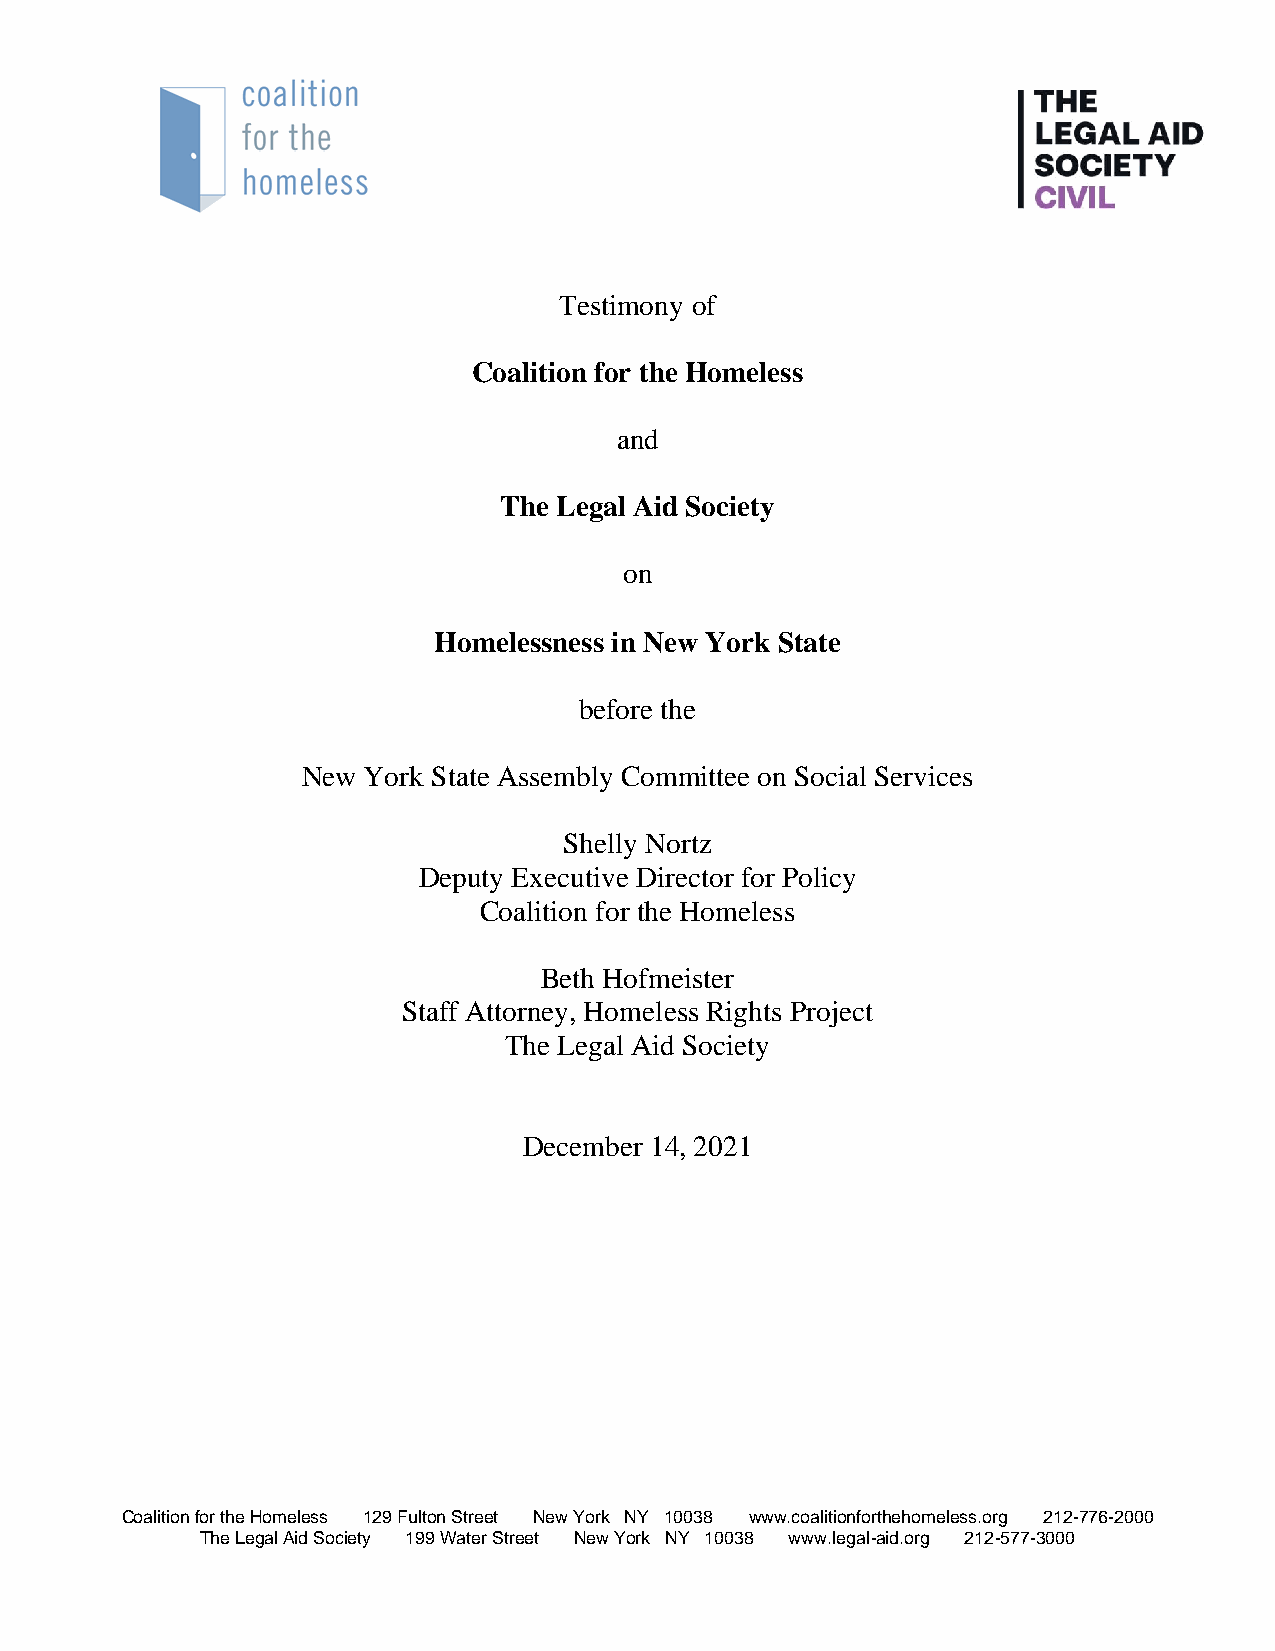
Testimony of
 Coalition for the Homeless
 and
 The Legal Aid Society
 on
 Homelessness in New York State
 before the
 New York State Assembly Committee on Social Services
 Shelly Nortz
 Deputy Executive Director for Policy
 Coalition for the Homeless
 Beth Hofmeister
 Staff Attorney, Homeless Rights Project
 The Legal Aid Society
 December 14, 2021
 Coalition for the Homeless 129 Fulton Street New York NY 10038 www.coalitionforthehomeless.org 212-776-2000
 The Legal Aid Society 199 Water Street New York NY 10038 www.legal-aid.org 212-577-3000